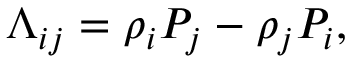
\Lambda _ { i j } = \rho _ { i } P _ { j } - \rho _ { j } P _ { i } ,